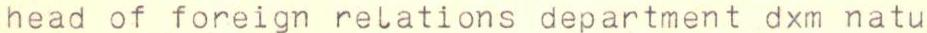
head of foreign relations department dxm natu